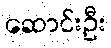
ဆောင်းဦး